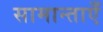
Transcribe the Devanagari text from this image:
सामान्ताएँ